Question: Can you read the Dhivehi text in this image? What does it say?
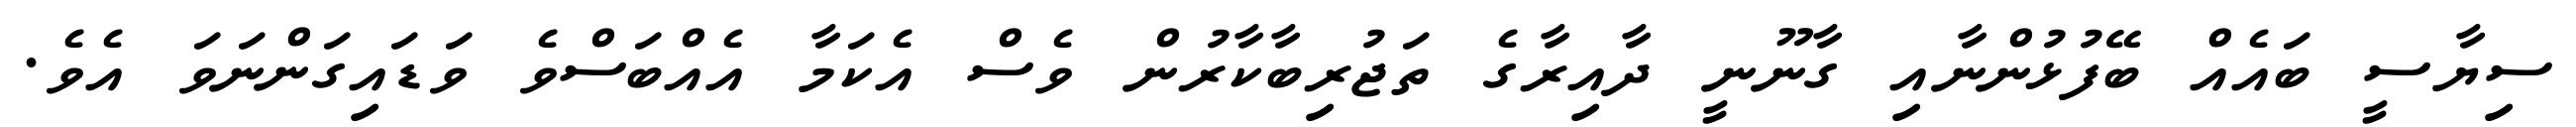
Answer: ސިޔާސީ ބައެއް ބޭފުޅުންނާއި ގާނޫނީ ދާއިރާގެ ތަޖުރިބާކާރުން ވެސް އެކަމާ އެއްބަސްވެ ވަޑައިގަންނަވަ އެވެ.